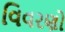
વિવરણો